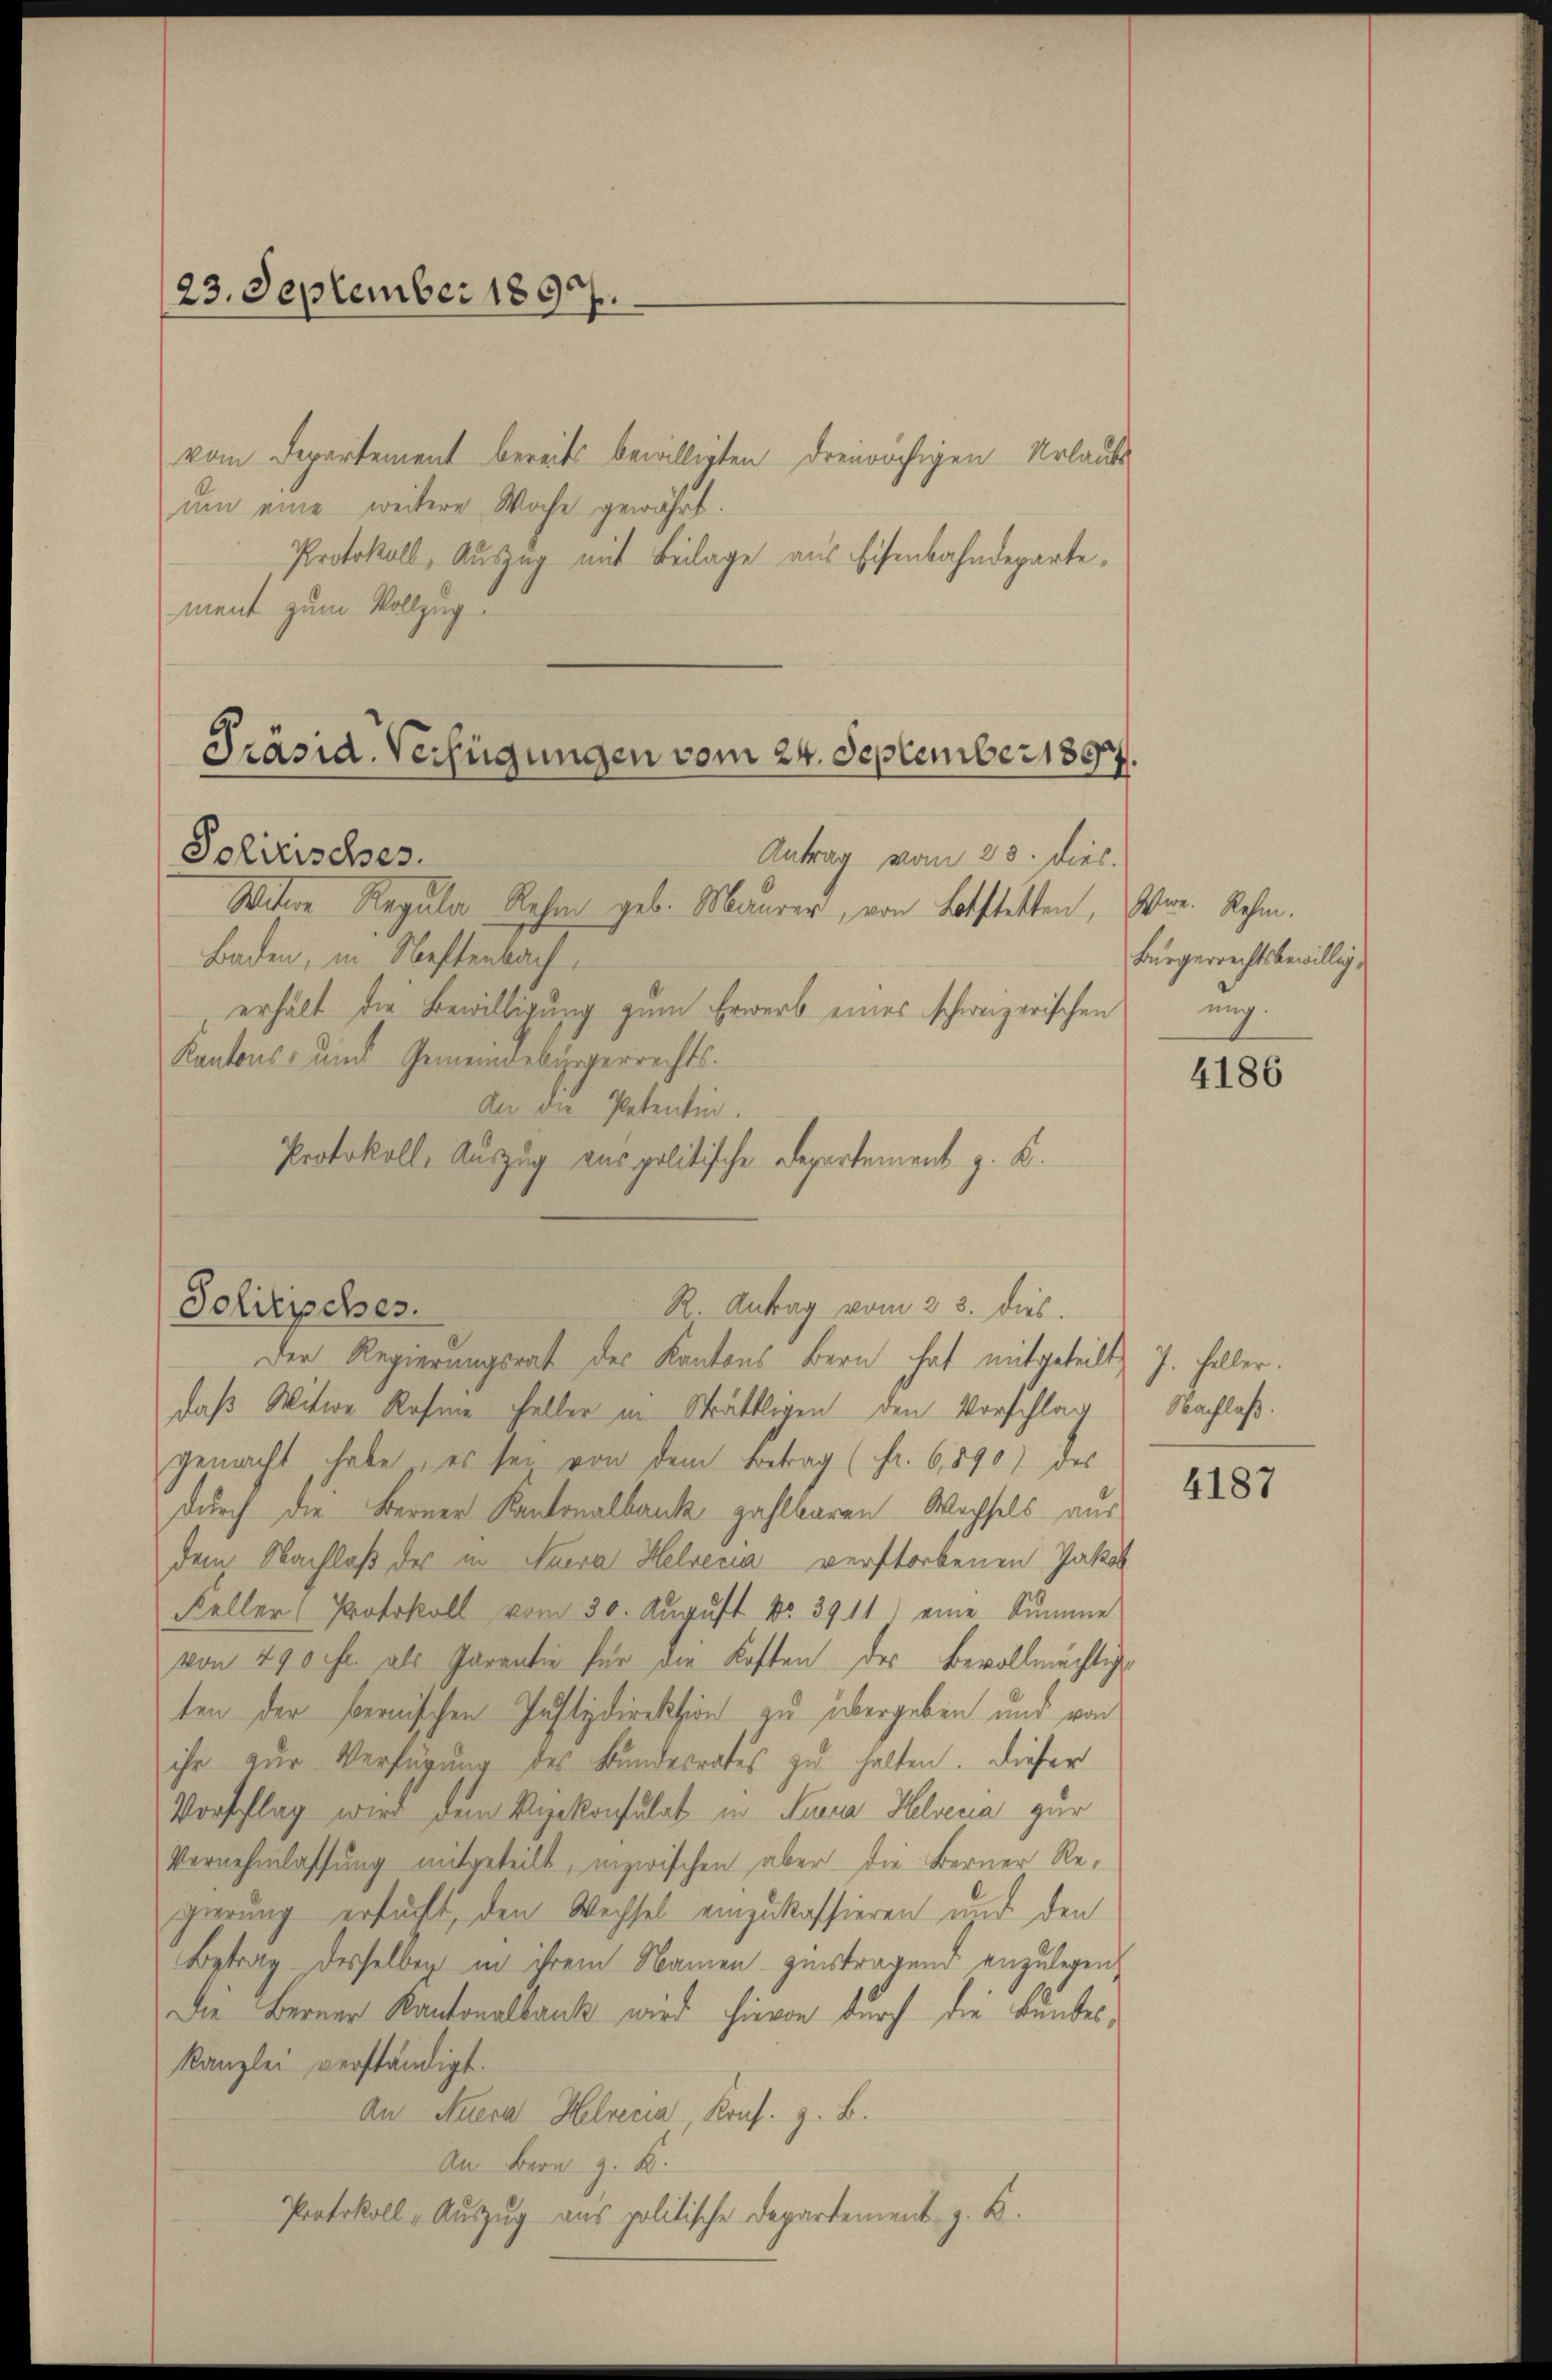
23. September 1897.

vom Departement bereits bewilligten dreiwöchigen Urlaubs
ŭm eine weitere Woche gewährt.
Protokoll, Auszug mit Beilage aus Eisenbahndepartement zum Vollzug.

Präsid. Verfügungen vom 24. September 1890.
Polizisches.
Antrag vom 20. dies

Solitisches.

Witwe Regula Rehm geb. Maurer, von Lastetten,
Baden, in Neftenbach,
erhält die Bewilligung zum Erwerb eines schweizerischen ung.
Kantons- und Gemeindebürgerrechts.
der die Patentin.
Protokoll, Auszug aus politische Departement z. B.

R. Antrag vom 23. dies
Der Regierungsrat des Kantons Bern hat mitgeteilt J. Heller.

daß Witwe Rahme Feller im Sträfligen den Vorschlag Nachlaß
gemacht habe, es sey von dem Betrag (Fr. 6,890) des
durch die Berner Kantonalbank zahlbaren Wechsels aus
dem Nachlaß des in Auera Helvetia verstorbenen Jakob
Keller (Protokoll vom 30. Aŭgŭst No. 3911) eine Summe
von 490 fr. als Parantie für die Kosten des Bevollmächtigten der bernischen Justizdirektion zu übergeben und von
ihr zur Verfügung des Bundesrates zu halten. Dieser
Vorschlag wird dem Vizekonsulat in Suna Helvetia zur
Vernehmlassung mitgeteilt, inzwischen aber die Ferner Re-
gierung ersucht, den Wechsel einzukassieren und den
Betrag desselben in ihrem Namen zinstragend anzulegen,
Die Berner Kantonalbank wird hievon durch die Bundes¬
Kanzlei verständigt.
An Auera Helvetia, Kons. z. B.
An Bern z. K.
Protokoll, Auszug aus politische Departement z. B.

Itwe. Rehm.
Bürgerrechtsbewillig¬

4186

4187